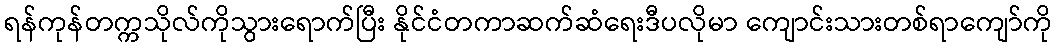
ရန်ကုန်တက္ကသိုလ်ကိုသွားရောက်ပြီး နိုင်ငံတကာဆက်ဆံရေးဒီပလိုမာ ကျောင်းသားတစ်ရာကျော်ကို